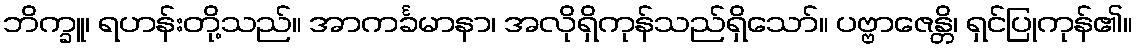
ဘိက္ခူ၊ ရဟန်းတို့သည်။ အာကင်္ခမာနာ၊ အလိုရှိကုန်သည်ရှိသော်။ ပဗ္ဗာဇေန္တိ၊ ရှင်ပြုကုန်၏။